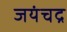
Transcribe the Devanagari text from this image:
जयंचद्र